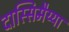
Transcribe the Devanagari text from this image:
दास्सिमैय्या